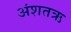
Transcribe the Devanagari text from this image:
अंशतऋ